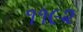
૧૧૯૨